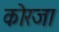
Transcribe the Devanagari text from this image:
कोरजा